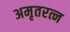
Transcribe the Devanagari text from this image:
अमृतरत्न